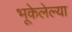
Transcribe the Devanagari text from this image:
भूकेलेल्या